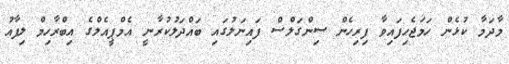
މާދަމާ ކުޅެން ހަމަޖެހިފައިވާ ފިރިހެން ސިންގަލްސް ފައިނަލުގައި ބައްދަލުކުރާނީ އެމްޕީއެލްގެ އިބްރާހިމް ލިފާއު